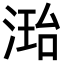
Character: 𪶝